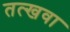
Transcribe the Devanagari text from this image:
तत्खवा